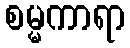
စမ္မကာရာ